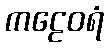
ကဠေဝရံ